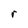
Character: r